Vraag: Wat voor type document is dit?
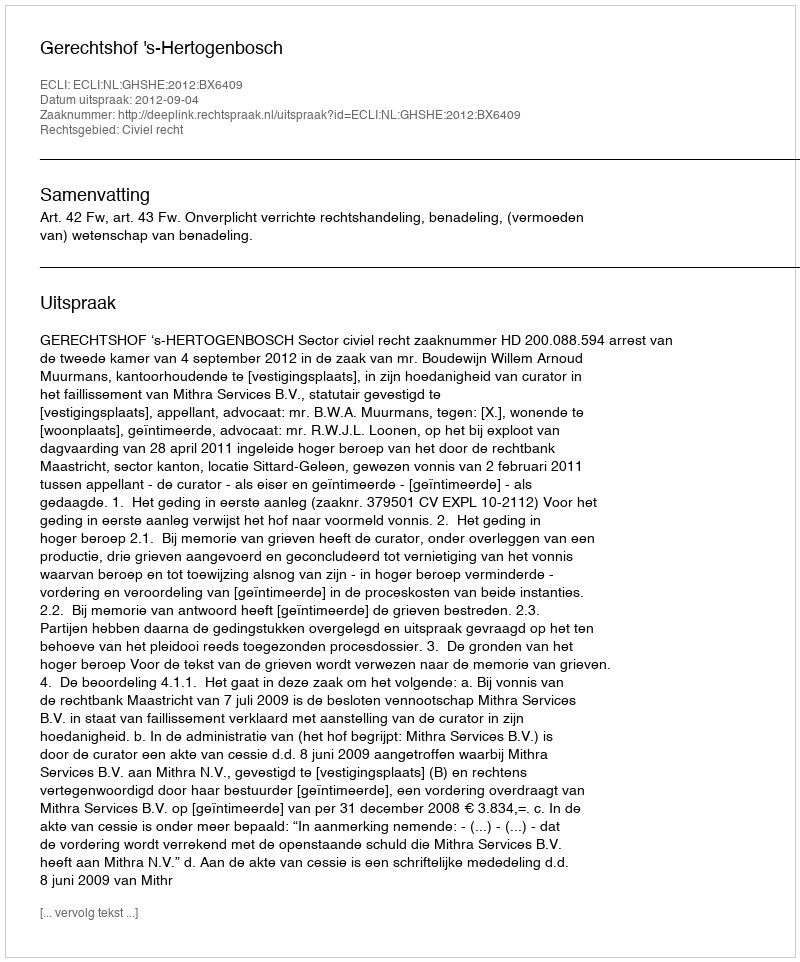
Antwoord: Uitspraak